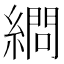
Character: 𦄞